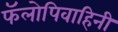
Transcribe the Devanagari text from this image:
फॅलोपिवाहिनी